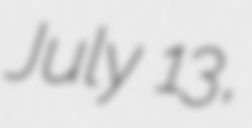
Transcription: July 13,